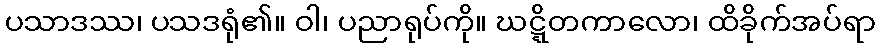
ပသာဒဿ၊ ပသဒရုံ၏။ ဝါ၊ ပညာရုပ်ကို။ ဃဋ္ဋိတကာလော၊ ထိခိုက်အပ်ရာ